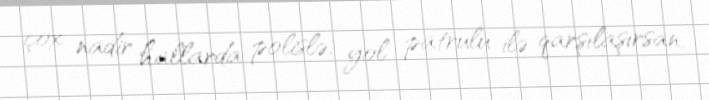
çox nadir hallarda polislə, yol patrulu ilə qarşılaşırsan.